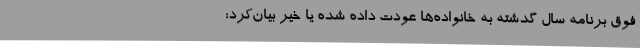
فوق برنامه‌ سال گدشته به خانواده‌ها عودت داده شده یا خیر بیان‌کرد: